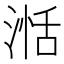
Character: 湉